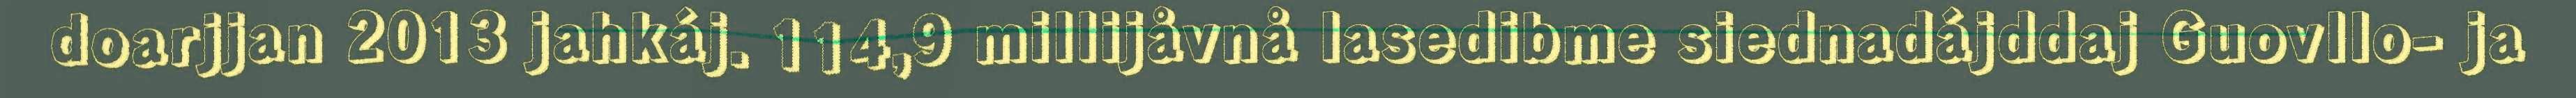
doarjjan 2013 jahkáj. 114,9 millijåvnå lasedibme siednadájddaj Guovllo- ja